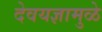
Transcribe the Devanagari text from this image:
देवयज्ञामुळे